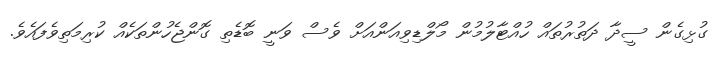
ގުޅިގެން ސީދާ ދަތުރުތައް ހުއްޓާލުމުން މޯލްޑިވިއަންއަށް ވެސް ވަނީ ބޮޑެތި ގޮންޖެހުންތަކެއް ކުރިމަތިވެފައެވެ.